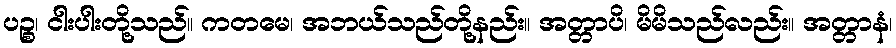
ပဉ္စ၊ ငါးပါးတို့သည်။ ကတမေ၊ အဘယ်သည်တို့နည်း။ အတ္တာပိ၊ မိမိသည်လည်း။ အတ္တာနံ၊